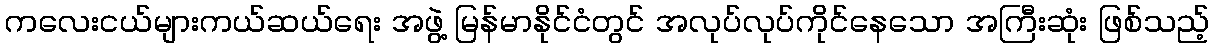
ကလေးငယ်များကယ်ဆယ်ရေး အဖွဲ့ မြန်မာနိုင်ငံတွင် အလုပ်လုပ်ကိုင်နေသော အကြီးဆုံး ဖြစ်သည့်